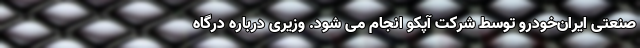
صنعتی ایران‌خودرو توسط شرکت آپکو انجام می شود. وزیری درباره درگاه